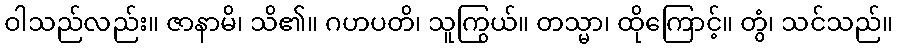
ဝါသည်လည်း။ ဇာနာမိ၊ သိ၏။ ဂဟပတိ၊ သူကြွယ်။ တသ္မာ၊ ထိုကြောင့်။ တွံ၊ သင်သည်။